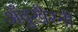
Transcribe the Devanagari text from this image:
अँवुखैरनी